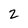
Character: 2